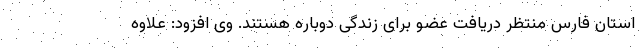
استان فارس منتظر دریافت عضو برای زندگی دوباره هستند. وی افزود: علاوه